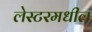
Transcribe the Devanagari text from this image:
लेस्टरमधील